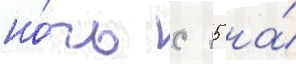
но́чь с 15 на́